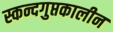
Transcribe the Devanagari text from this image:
स्कन्दगुप्तकालीन